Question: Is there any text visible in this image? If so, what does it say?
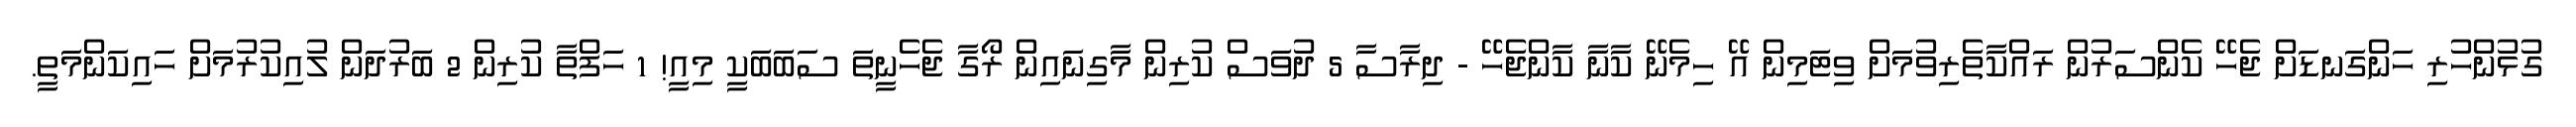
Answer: ގުޅުންހުރި ހަންގަނޑަށް ޖެހޭ ކެންސަރުން ރައްކާތެރިވުމަށް ވިޓަމިން އޭ ހިމެނޭ ކާނާ ކާންޖެހޭ - ދިރާސާ 5 ދުވަސް ކުރިން މާގިނައިން ރޯގާ ޖެހެނީތަ ސަބަބަކީ މިއީ! 1 ހަފްތާ ކުރިން 2 ބަރުދަން ލުއިކުރުމަށް ހައިކަންމަތީ.